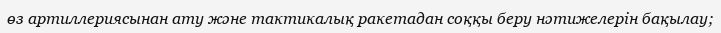
өз артиллериясынан ату және тактикалық ракетадан соққы беру нәтижелерін бақылау;